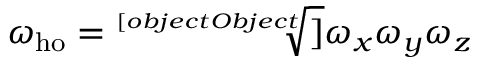
\omega _ { \mathrm { h o } } = { \sqrt [ [object Object] ] { \omega _ { x } \omega _ { y } \omega _ { z } } }